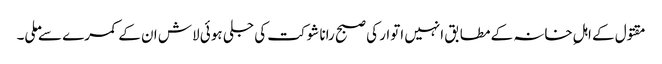
مقتول کے اہلِ خانہ کے مطابق انہیں اتوار کی صبح رانا شوکت کی جلی ہوئی لاش ان کے کمرے سے ملی۔